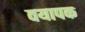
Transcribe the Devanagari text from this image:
वयापक